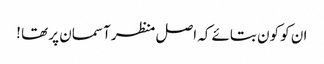
ان کو کون بتائے کہ اصل منظر آسمان پر تھا !